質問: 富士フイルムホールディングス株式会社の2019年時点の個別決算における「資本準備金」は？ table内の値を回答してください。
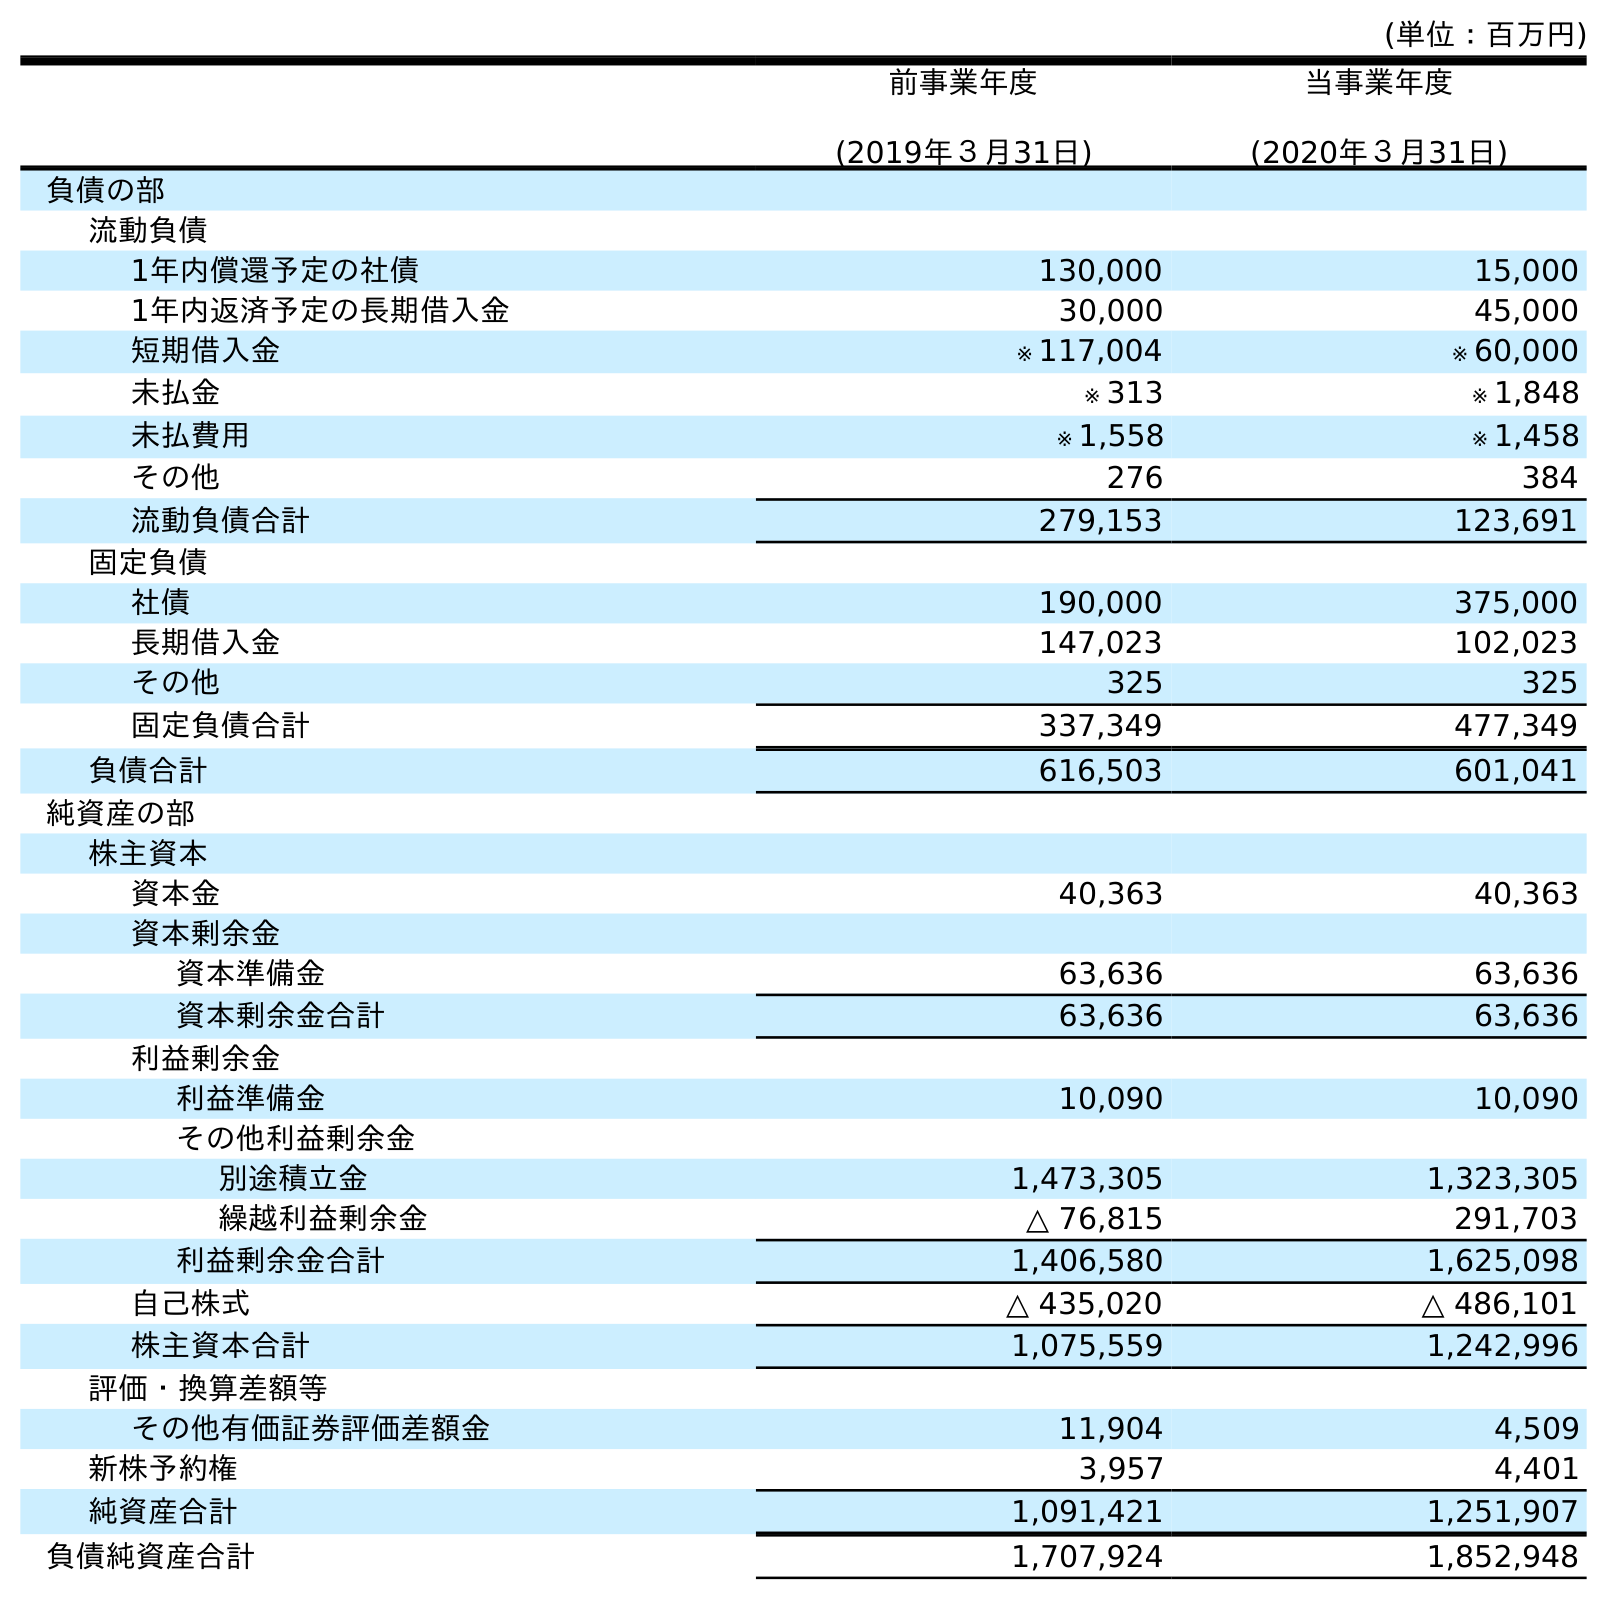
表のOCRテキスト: (単位：百万円) 前事業年度 (2019年３月31日) 当事業年度 (2020年３月31日) 負債の部 流動負債 1年内償還予定の社債 130,000 15,000 1年内返済予定の長期借入金 30,000 45,000 短期借入金 ※ 117,004 ※ 60,000 未払金 ※ 313 ※ 1,848 未払費用 ※ 1,558 ※ 1,458 その他 276 384 流動負債合計 279,153 123,691 固定負債 社債 190,000 375,000 長期借入金 147,023 102,023 その他 325 325 固定負債合計 337,349 477,349 負債合計 616,503 601,041 純資産の部 株主資本 資本金 40,363 40,363 資本剰余金 資本準備金 63,636 63,636 資本剰余金合計 63,636 63,636 利益剰余金 利益準備金 10,090 10,090 その他利益剰余金 別途積立金 1,473,305 1,323,305 繰越利益剰余金 △ 76,815 291,703 利益剰余金合計 1,406,580 1,625,098 自己株式 △ 435,020 △ 486,101 株主資本合計 1,075,559 1,242,996 評価・換算差額等 その他有価証券評価差額金 11,904 4,509 新株予約権 3,957 4,401 純資産合計 1,091,421 1,251,907 負債純資産合計 1,707,924 1,852,948
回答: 63,636